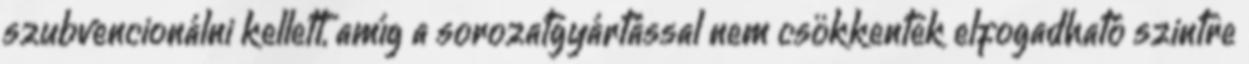
szubvencionálni kellett, amíg a sorozatgyártással nem csökkentek elfogadható szintre